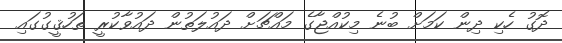
ދޮގު ހެކި ދިން ކަމަށް ބުނެ މިކުއްޖާގެ މައްޗަށް ދައުލަތުން ދައުވާކުރީ ތަހުޤީގުގައި